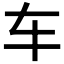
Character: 车